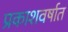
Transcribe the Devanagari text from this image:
प्रकाशवर्षात